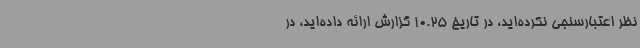
نظر اعتبارسنجی نکرده‌اید، در تاریخ 10.25 گزارش ارائه داده‌اید، در